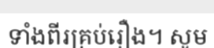
ទាំងពីរគ្រប់រឿង។ សូម